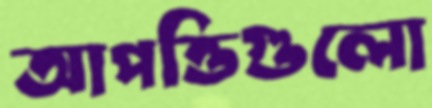
আপত্তিগুলো